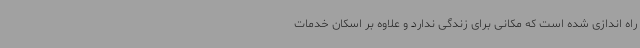
راه اندازی شده است که مکانی برای زندگی ندارد و علاوه بر اسکان خدمات